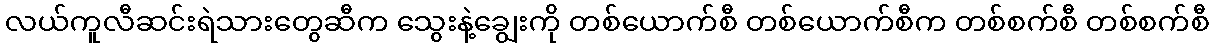
လယ်ကူလီဆင်းရဲသားတွေဆီက သွေးနဲ့ချွေးကို တစ်ယောက်စီ တစ်ယောက်စီက တစ်စက်စီ တစ်စက်စီ